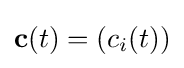
\mathbf {c} (t)=(c_{i}(t))